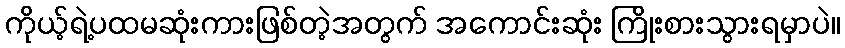
ကိုယ့်ရဲ့ပထမဆုံးကားဖြစ်တဲ့အတွက် အကောင်းဆုံး ကြိုးစားသွားရမှာပဲ။